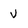
Character: v